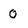
Character: 0